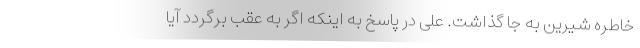
خاطره شیرین به جا گذاشت. علی در پاسخ به اینکه اگر به عقب برگردد آیا